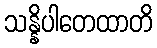
သန္နိပါတေထာတိ